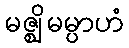
မဇ္ဈိမမ္ပာဟံ